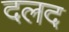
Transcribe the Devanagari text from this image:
दलद